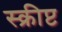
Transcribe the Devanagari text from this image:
स्क्रीप्ट